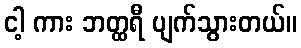
ငါ့ ကား ဘတ္ထရီ ပျက်သွားတယ်။